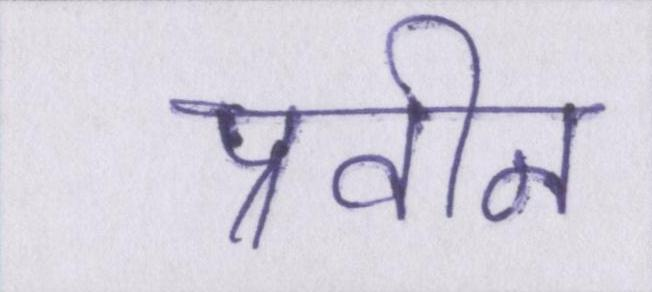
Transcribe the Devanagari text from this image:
प्रवीन